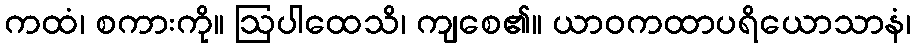
ကထံ၊ စကားကို။ ဩပါထေသိ၊ ကျစေ၏။ ယာဝကထာပရိယောသာနံ၊